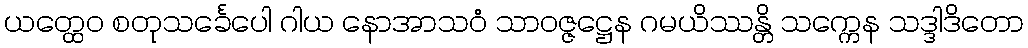
ယတ္ထေဝ စတုသင်္ခေပေါ ဂါယ နောအာသဝံ သာဝဇ္ဇဋ္ဌေန ဂမယိဿန္တိ သက္ကေန သဒ္ဒါဒိတော